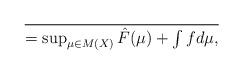
LaTeX: \begin{align*}\over=\sup_{\mu \in M(X)} \hat{F}(\mu)+\int fd\mu,\end{align*}